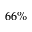
6 6 \%